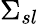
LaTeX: \Sigma_{sl}